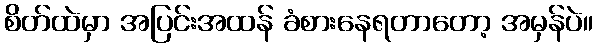
စိတ်ထဲမှာ အပြင်းအထန် ခံစားနေရတာတော့ အမှန်ပဲ။